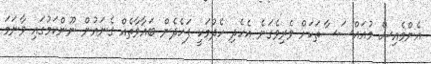
އެންމެއިސް މުއައްސަސާތަކަށް ވެރިވެގަނެ އެހެދި ހެދުމަކީ ފަހެދެން ބަޣާވާތެއް ގެނައުން ނޫންކަމުގައި ވާނަމަ